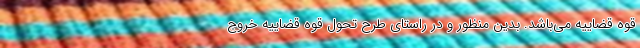
قوه قضاییه می‌باشد. بدین منظور و در راستای طرح تحول قوه قضاییه خروج